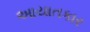
આયાતકાર